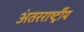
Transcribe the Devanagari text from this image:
अंतररार्ष्ट्रीय